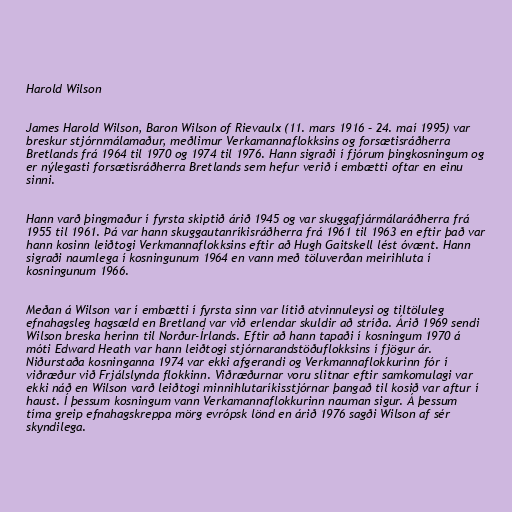
Harold Wilson

James Harold Wilson, Baron Wilson of Rievaulx (11. mars 1916 – 24. maí 1995) var
breskur stjórnmálamaður, meðlimur Verkamannaflokksins og forsætisráðherra
Bretlands frá 1964 til 1970 og 1974 til 1976. Hann sigraði í fjórum þingkosningum og
er nýlegasti forsætisráðherra Bretlands sem hefur verið í embætti oftar en einu
sinni.

Hann varð þingmaður í fyrsta skiptið árið 1945 og var skuggafjármálaráðherra frá
1955 til 1961. Þá var hann skuggautanríkisráðherra frá 1961 til 1963 en eftir það var
hann kosinn leiðtogi Verkmannaflokksins eftir að Hugh Gaitskell lést óvænt. Hann
sigraði naumlega í kosningunum 1964 en vann með töluverðan meirihluta í
kosningunum 1966.

Meðan á Wilson var í embætti í fyrsta sinn var lítið atvinnuleysi og tiltöluleg
efnahagsleg hagsæld en Bretland var við erlendar skuldir að stríða. Árið 1969 sendi
Wilson breska herinn til Norður-Írlands. Eftir að hann tapaði í kosningum 1970 á
móti Edward Heath var hann leiðtogi stjórnarandstöðuflokksins í fjögur ár.
Niðurstaða kosninganna 1974 var ekki afgerandi og Verkmannaflokkurinn fór í
viðræður við Frjálslynda flokkinn. Viðræðurnar voru slitnar eftir samkomulagi var
ekki náð en Wilson varð leiðtogi minnihlutaríkisstjórnar þangað til kosið var aftur í
haust. Í þessum kosningum vann Verkamannaflokkurinn nauman sigur. Á þessum
tíma greip efnahagskreppa mörg evrópsk lönd en árið 1976 sagði Wilson af sér
skyndilega.